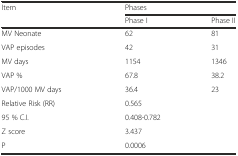
<table><thead><tr><td rowspan="2"><b>Item</b></td><td colspan="2"><b>Phases</b></td></tr><tr><td><b>Phase I</b></td><td><b>Phase II</b></td></tr></thead><tbody><tr><td>MV Neonate</td><td>62</td><td>81</td></tr><tr><td>VAP episodes</td><td>42</td><td>31</td></tr><tr><td>MV days</td><td>1154</td><td>1346</td></tr><tr><td>VAP %</td><td>67.8</td><td>38.2</td></tr><tr><td>VAP/1000 MV days</td><td>36.4</td><td>23</td></tr><tr><td>Relative Risk (RR)</td><td colspan="2">0.565</td></tr><tr><td>95 % C.I.</td><td colspan="2">0.408-0.782</td></tr><tr><td>Z score</td><td colspan="2">3.437</td></tr><tr><td>P</td><td colspan="2">0.0006</td></tr></tbody></table>